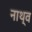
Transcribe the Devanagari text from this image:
नाथ्व